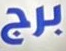
برج